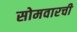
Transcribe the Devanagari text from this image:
सोमवारची